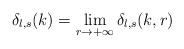
LaTeX: \begin{align*}\delta_{l,s}(k)=\lim_{r\rightarrow+\infty}\delta_{l,s}(k,r)\end{align*}